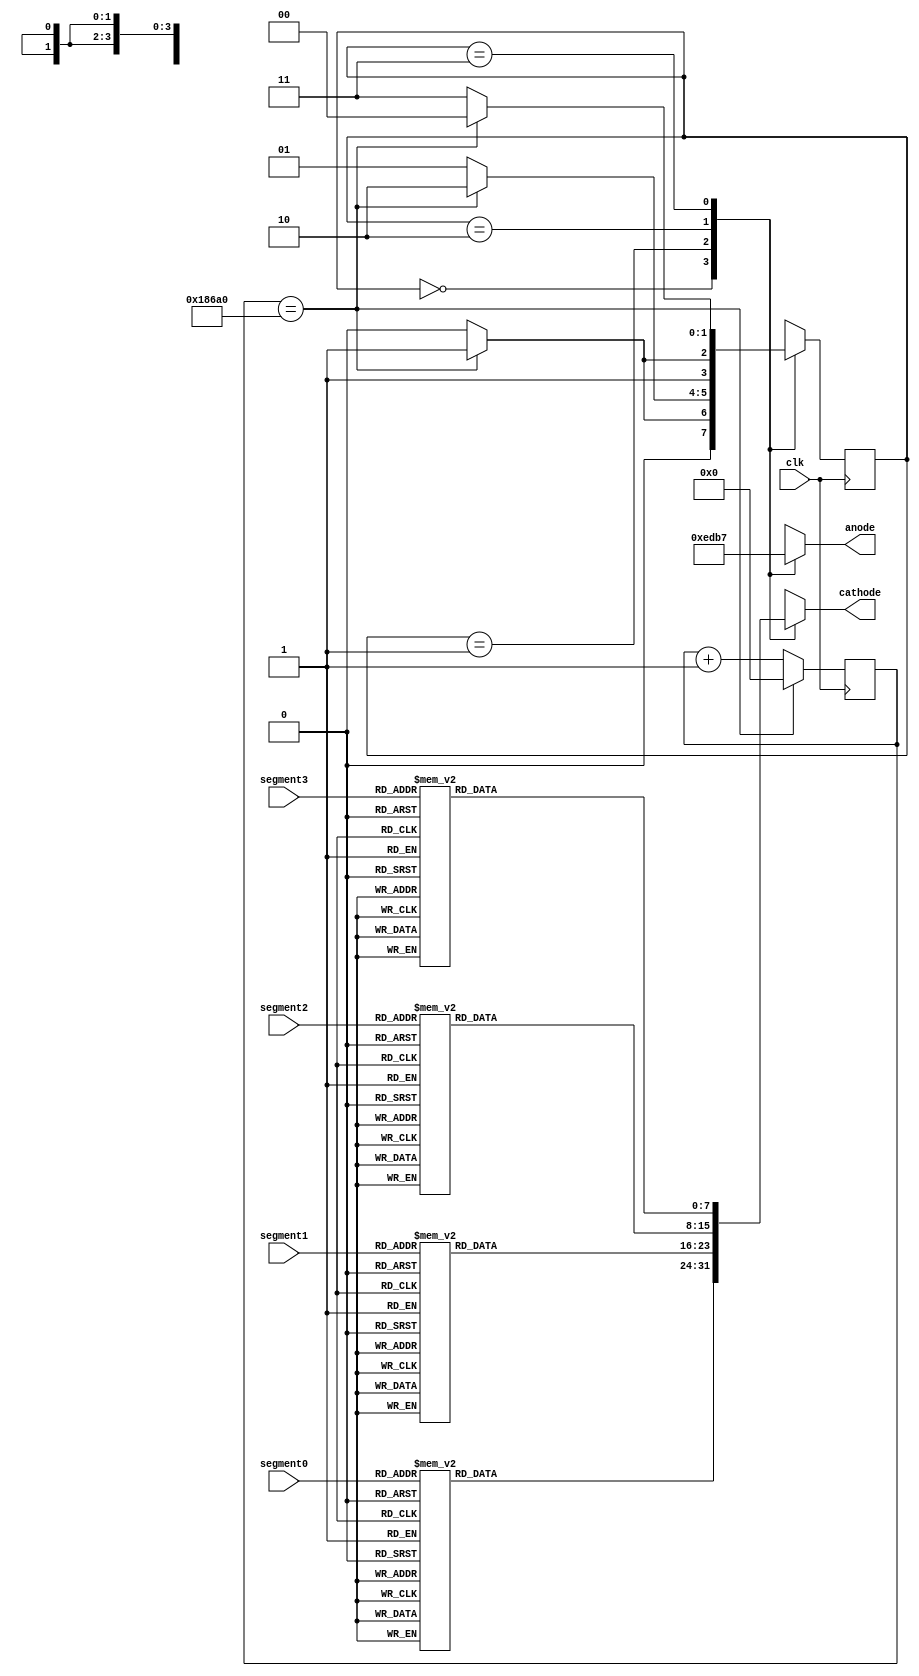
//                              -*- Mode: Verilog -*-
// Description     : Seven Segment Display Driver
// Last Modified By: Philip Tracton
// Update Count    : 0
// Status          : Unknown, Use with caution!

module display (/*AUTOARG*/
   // Outputs
   anode, cathode,
   // Inputs
   clk, segment0, segment1, segment2, segment3
   ) ;
   input clk;
     
   input [3:0]  segment0;
   input [3:0]  segment1;
   input [3:0]  segment2;
   input [3:0]  segment3;

   output [3:0] anode;
   output [7:0] cathode;
   
   //
   // Registers
   //
   reg [3:0]    anode   = 4'hF;
   reg [7:0]    cathode = 8'h00;

   //
   // Timer
   //
   // Assert timer_expired every milisecond.  This is when we switch
   // the ANODE and CATHODE values.
   //
   reg [31:0]   timer_count = 32'h0000_0000;
   wire         timer_expired = (timer_count == 32'd100000);
   
   always @(posedge clk)
     if (timer_expired) begin
        timer_count <= 32'h0000_0000;        
     end else begin
        timer_count <= timer_count + 1;        
     end

   //
   // Translation Function
   //
   // Take in 4 bit input and map to 8 bit output for use by
   // cathode for 7 segment display
   //
   function [7:0] map_segments;
      input [3:0] data_in;
      begin
         case (data_in)
           //                   8'bpGFEDCBA
           4'h0: map_segments = 8'b11000000;
           4'h1: map_segments = 8'b11111001;
           4'h2: map_segments = 8'b10100100;
           4'h3: map_segments = 8'b10110000;
           4'h4: map_segments = 8'b10011001;
           4'h5: map_segments = 8'b10010010;           
           4'h6: map_segments = 8'b10000010;
           4'h7: map_segments = 8'b11111000;
           4'h8: map_segments = 8'b10000000;
           4'h9: map_segments = 8'b10011000;
           default map_segments = 8'b10000000;           
         endcase // case (data_in)
      end      
   endfunction // case   
   
   //
   // State Machine
   //
   reg [1:0] state      = 2'b00;
   reg [1:0] next_state = 2'b00;

   always @(posedge clk)
     state <= next_state;

   always @(*) begin
      case (state)
        2'b00 : begin
           anode = 4'b1110;
           cathode = map_segments(segment0);  
           next_state = (timer_expired) ? 2'b01: 2'b00;           
        end
        2'b01 : begin
           anode = 4'b1101;
           cathode = map_segments(segment1);
           next_state = (timer_expired) ? 2'b10: 2'b01;           
        end
        2'b10 : begin
           anode = 4'b1011;
           cathode = map_segments(segment2);
           next_state = (timer_expired) ? 2'b11: 2'b10;           
        end
        2'b11 : begin
           anode = 4'b0111;
           cathode = map_segments(segment3);
           next_state = (timer_expired) ? 2'b00: 2'b11;           
        end
      endcase // case (state)      
   end
     
   
endmodule // display